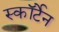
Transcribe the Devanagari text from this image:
स्कॉर्टेन